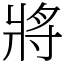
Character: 將